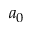
a _ { 0 }